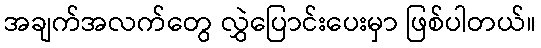
အချက်အလက်တွေ လွှဲပြောင်းပေးမှာ ဖြစ်ပါတယ်။